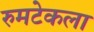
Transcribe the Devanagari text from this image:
रुमटेकला